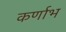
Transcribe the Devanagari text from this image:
कर्णाभ